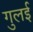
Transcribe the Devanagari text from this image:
गुलई